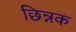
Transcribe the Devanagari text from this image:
छिन्नक